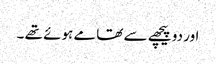
اور دو پیچھے سے تھامے ہوئے تھے ۔